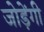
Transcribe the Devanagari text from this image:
जोड़ेंगी